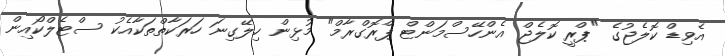
އެވިޑް ކޮލެޖުގެ "ޕްރީ ކޮލެޖް އެންހޭސްމަންޓް ޕްރޮގްރާމް" މުޅިން ހިލޭގިނަ ހަރަކާތްތަކާއެކު ސްޓެލްކޯއިން